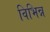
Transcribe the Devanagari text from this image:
विभिन्न